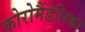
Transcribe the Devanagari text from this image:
कोरोमैंडेलिका